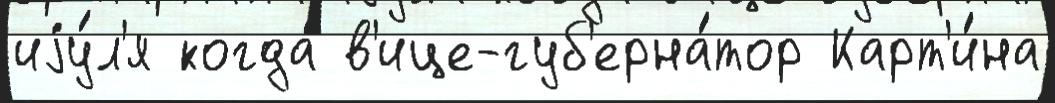
иjу́л'я когда́ в'ице-губ'ерна́тор Карт'и́на